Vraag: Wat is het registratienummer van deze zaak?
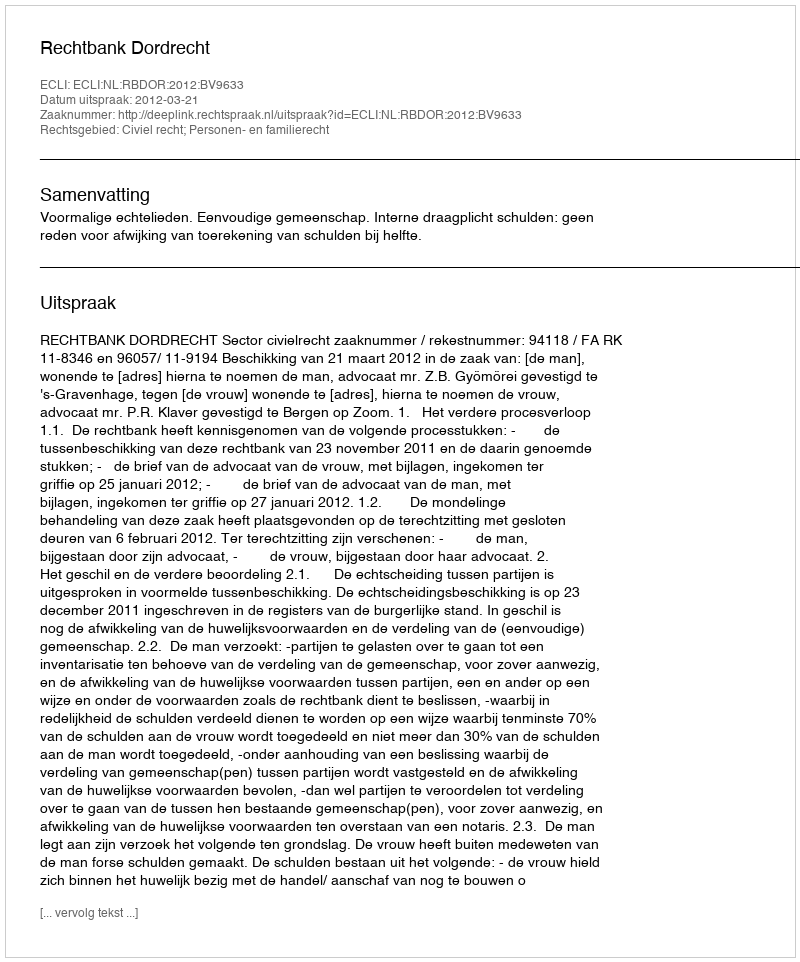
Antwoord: http://deeplink.rechtspraak.nl/uitspraak?id=ECLI:NL:RBDOR:2012:BV9633